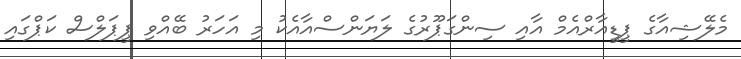
މެލޭޝިއާގެ ޕީޑީއާރްއެމް އާއި ސިންގަޕޫރުގެ ލަޔަންސްއާއެކު މި އަހަރު ބޭއްވި ޕީޕަލްސް ކަޕްގައި